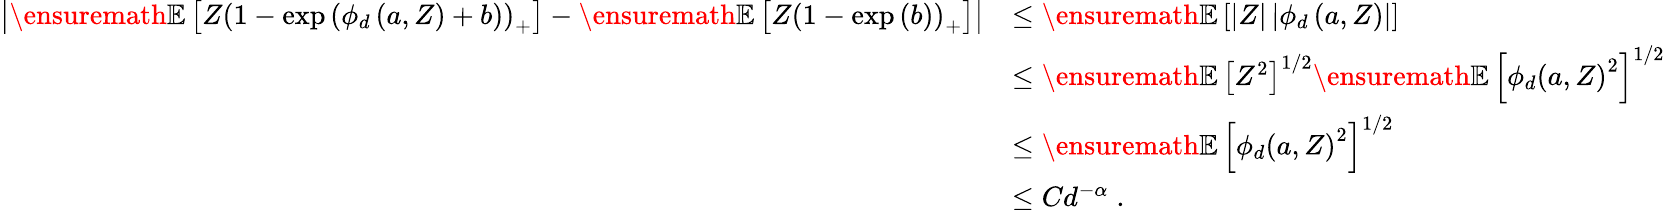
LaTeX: \begin{array}{rl}{\left\vert\ensuremath{\mathbb{E}\left[Z\left(1-\exp\left(\phi_{d}\left(a,Z\right)+b\right)\right)_{+}\right]}-\ensuremath{\mathbb{E}\left[Z\left(1-\exp\left(b\right)\right)_{+}\right]}\right\vert}&{\leq\ensuremath{\mathbb{E}\left[\vert Z\vert\left\vert\phi_{d}\left(a,Z\right)\right\vert\right]}}\\ &{\leq\ensuremath{\mathbb{E}\left[Z^{2}\right]}^{1/2}\ensuremath{\mathbb{E}\left[\phi_{d}\left(a,Z\right)^{2}\right]}^{1/2}}\\ &{\leq\ensuremath{\mathbb{E}\left[\phi_{d}\left(a,Z\right)^{2}\right]}^{1/2}}\\ &{\leq Cd^{-\alpha}\; .}\end{array}